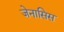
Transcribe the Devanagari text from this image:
जेनासिस